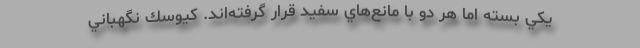
يكي بسته اما هر دو با مانع‌هاي سفيد قرار گرفته‌اند. كيوسك نگهباني